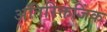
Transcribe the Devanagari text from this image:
अतिरिक्तजिंक